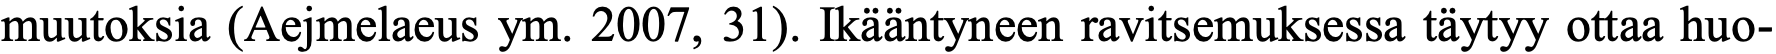
muutoksia (Aejmelaeus ym. 2007, 31). Ikääntyneen ravitsemuksessa täytyy ottaa huo-